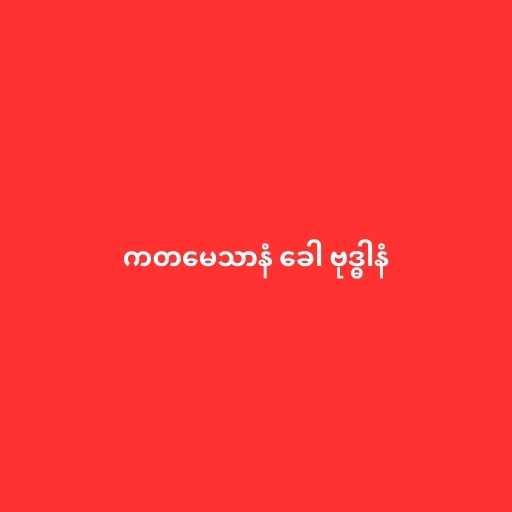
ကတမေသာနံ ခေါ ဗုဒ္ဓါနံ